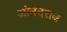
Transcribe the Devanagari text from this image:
आंनदराव